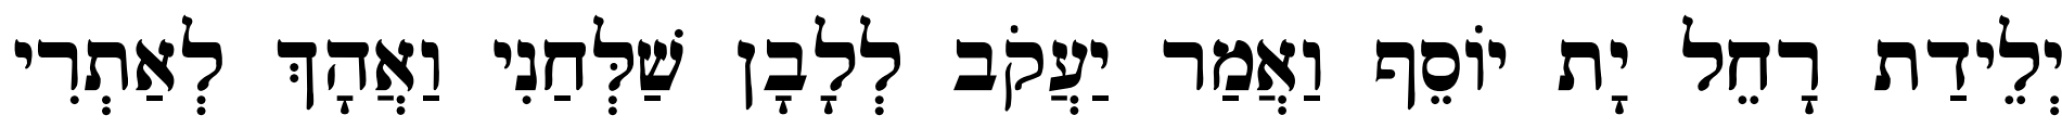
יְלֵידַת רָחֵל יָת יוֹסֵף וַאֲמַר יַעֲקֹב לְלָבָן שַׁלְּחַנִי וַאֲהָךְ לְאַתְרִי